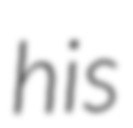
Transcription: his